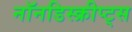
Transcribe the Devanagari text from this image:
नॉनडिस्क्रीप्ट्स